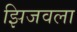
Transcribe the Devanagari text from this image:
झिजवला